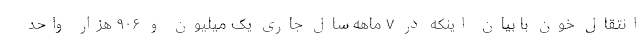
انتقال خون با بیان اینکه در ۷ ماهه سال جاری یک میلیون و ۹۰۶ هزار واحد